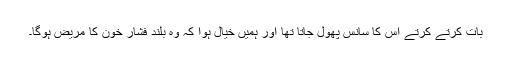
بات کرتے کرتے اس کا سانس پھول جاتا تھا اور ہمیں خیال ہوا کہ وہ بلند فشار خون کا مریض ہوگا۔